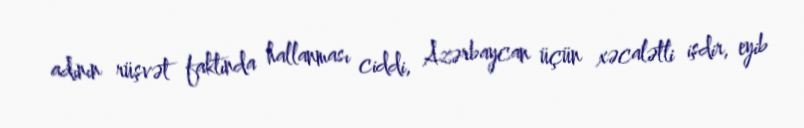
adının rüşvət faktında hallanması ciddi, Azərbaycan üçün xəcalətli işdir, eyib